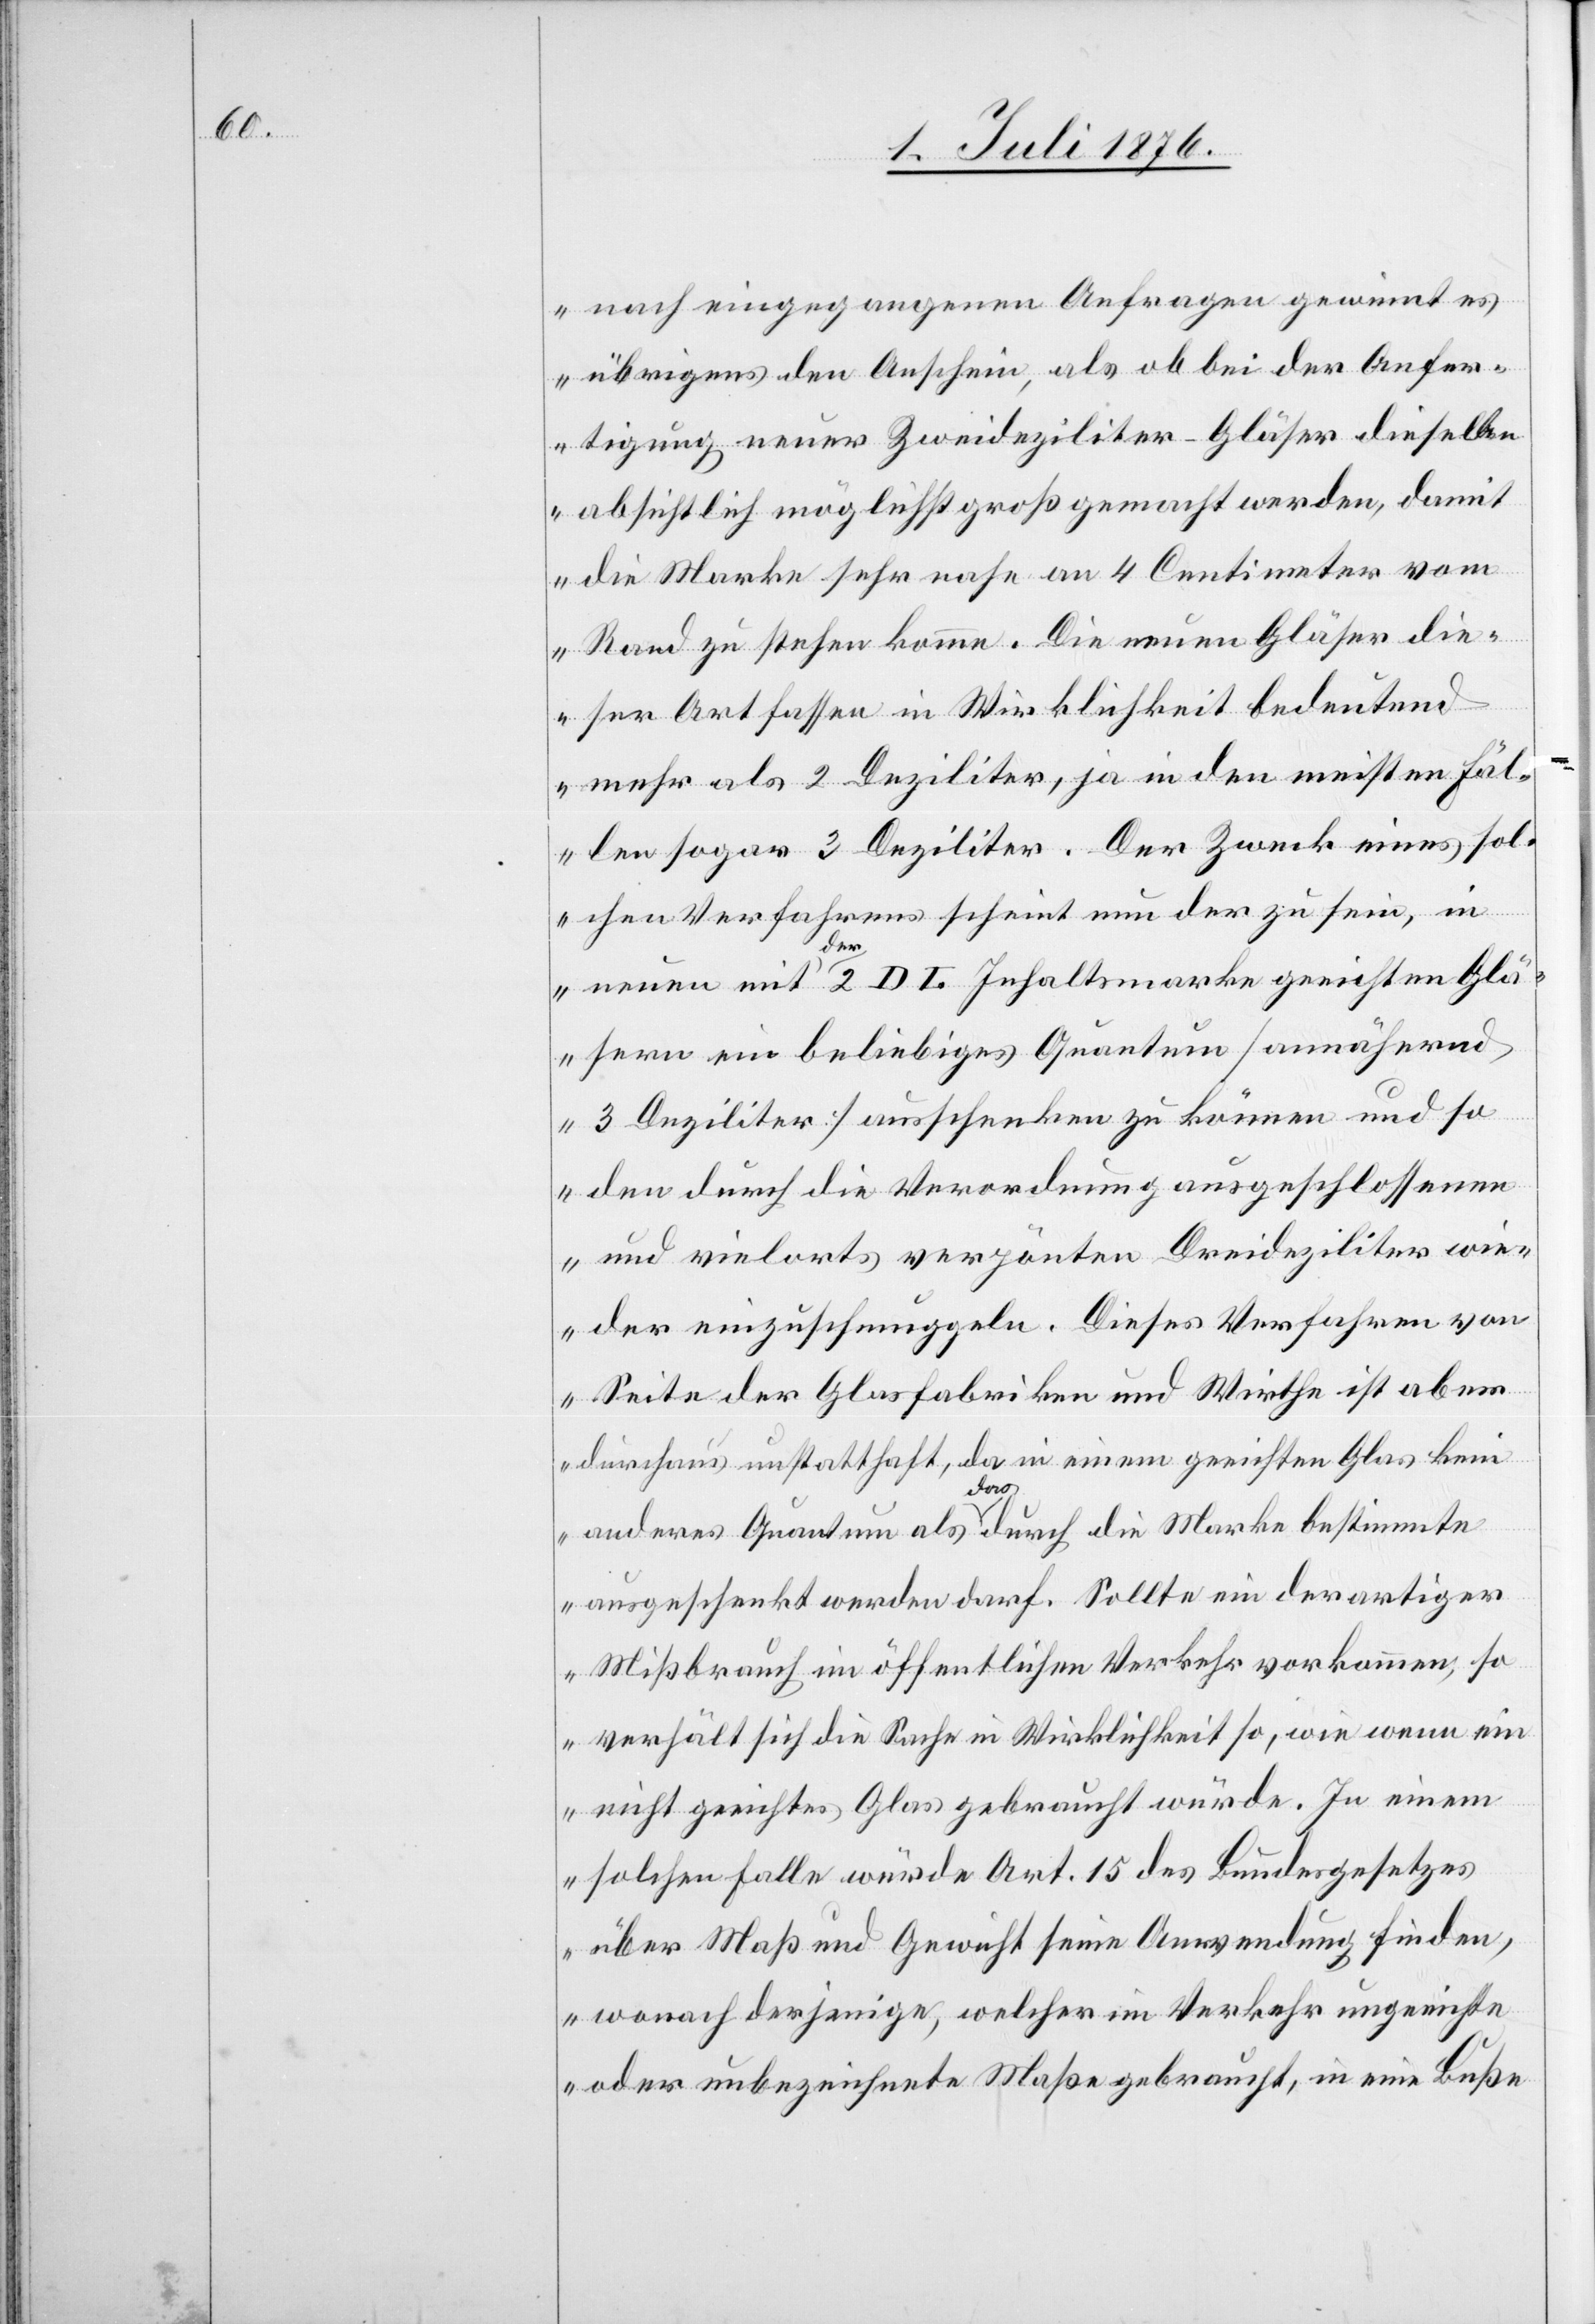
nach eingegangenen Anfragen gewinnt es
übrigens den Anschein, als ob bei der Anfer¬
tigung neuer Zweideziliter-Gläser dieselben
absichtlich möglichst groß gemacht werden, dami¬
t die Marke sehr nahe an 4 Centimeter vom
Rand zu stehen komme. Die neuen Gläser die¬
ser Art fassen in Wirklichkeit bedeutend
mehr als 2 Deziliter, ja in den meisten Fäl¬
len sogar 3 Deziliter. Der Zweck eines sol¬
chen Verfahrens scheint nun der zu sein, in
neuen mit der 2 DL Inhaltsmarke geeichten Glä¬
sern ein beliebiges Quantum [annähernd
3 Deziliter] ausschenken zu können und so
den durch die Verordnung ausgeschlossenen
und vielorts verpönten Dreideziliter wie¬
der einzuschmuggeln. Dieses Verfahren von
Seite der Glasfabriken und Wirthe ist aber
durchaus unstatthaft, da in einem geeichten Glas kein
anderes Quantum als a-das-a durch die Marke bestimmte
ausgeschenkt werden darf. Sollte in derartiger
Mißbrauch im öffentlichen Verkehr vorkommen, so
verhält sich die Sache in Wirklichkeit so, wie wenn ein
nicht geeichtes Glas gebraucht würde. In einem
solchen Falle würde Art. 15 des Bundesgesetzes
über Maß und Gewicht seine Anwendung finden,
wonach derjenige, welcher im Verkehr ungeeichte
oder unbezeichnete Maße gebraucht, in eine Buße